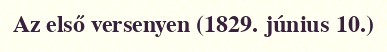
Az első versenyen (1829. június 10.)